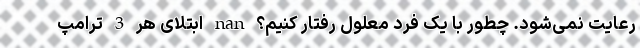
رعایت نمی‌شود. چطور با یک فرد معلول رفتار کنیم؟ nan ابتلای هر 3 ترامپ